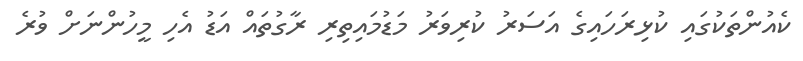
ކެއުންތަކުގައި ކުޅިރަހައިގެ އަސަރު ކުރިވަރު މަޑުމައިތިރި ރާގުތައް އަޑު އެހި މީހުންނަށް ވުރެ